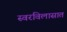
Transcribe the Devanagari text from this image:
स्वरविलासात